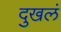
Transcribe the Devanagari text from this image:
दुखलं